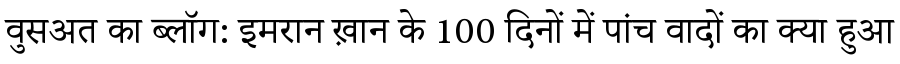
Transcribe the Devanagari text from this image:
वुसअत का ब्लॉग: इमरान ख़ान के 100 दिनों में पांच वादों का क्या हुआ